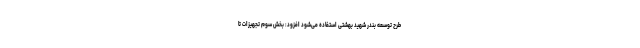
طرح توسعه بندر شهید بهشتی استفاده می‌شود افزود: بخش سوم تجهیزات تا